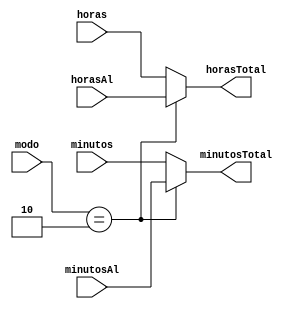
`timescale 1ns / 1ps
//////////////////////////////////////////////////////////////////////////////////
// Company: 
// Engineer: 
// 
// Design Name: 
// Module Name:    modoDisplay 
// Project Name: 
// Target Devices: 
// Tool versions: 
// Description: 
//
// Dependencies: 
//
// Revision: 
// Revision 0.01 - File Created
// Additional Comments: 
//
//////////////////////////////////////////////////////////////////////////////////
module modoDisplay(modo,minutos,minutosAl,horas,horasAl,minutosTotal,horasTotal);

input [1:0] modo;
input [6:0]minutos,minutosAl;
input [4:0]horas,horasAl;
output reg [6:0] minutosTotal;
output reg [4:0] horasTotal;

always@(*)begin

if(modo==2)begin minutosTotal=minutosAl; horasTotal=horasAl; end
else begin minutosTotal=minutos; horasTotal=horas;end

end



endmodule